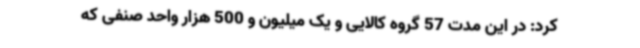
کرد: در این مدت 57 گروه کالایی و یک میلیون و 500 هزار واحد صنفی که